Lunatic asylums Central Provinces reports 1895-1909 - 1895-1909
Year: 1895
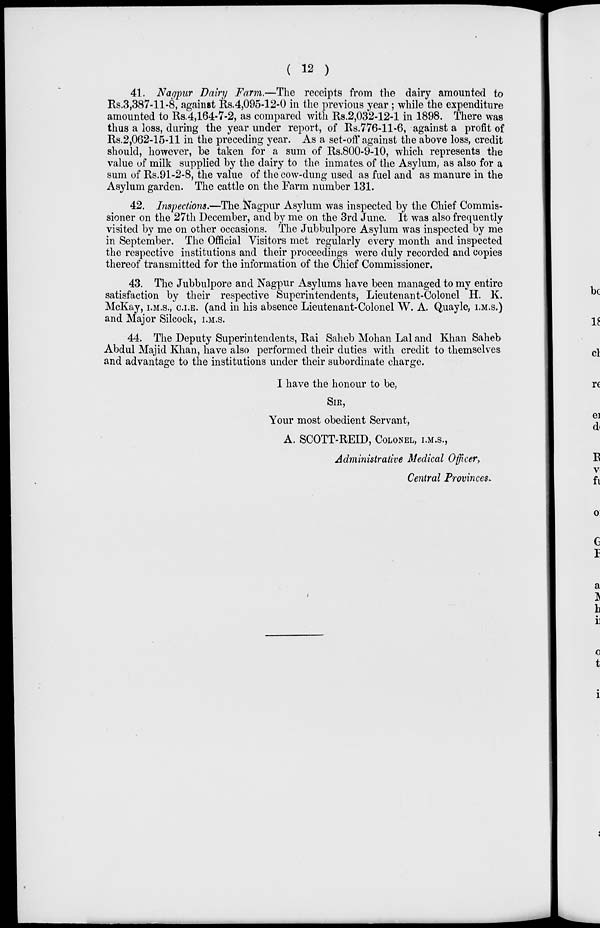
( 12 )
41. Nagpur Dairy Farm.—The receipts from the dairy amounted to
Rs.3,387-11-8, against Rs.4,095-12-0 in the previous year ; while the expenditure
amounted to Rs.4,164-7-2, as compared with Rs.2,032-12-1 in 1898. There was
thus a loss, during the year under report, of Rs.776-11-6, against a profit of
Rs.2,062-15-11 in the preceding year. As a set-off against the above loss, credit
should, however, be taken for a sum of Rs.800-9-10, which represents the
value of milk supplied by the dairy to the inmates of the Asylum, as also for a
sum of Rs.91-2-8, the value of the cow-dung used as fuel and as manure in the
Asylum garden. The cattle on the Farm number 131.
42. Inspections.—The Nagpur Asylum was inspected by the Chief Commis-
sioner on the 27th December, and by me on the 3rd June. It was also frequently
visited by me on other occasions. The Jubbulpore Asylum was inspected by me
in September. The Official Visitors met regularly every month and inspected
the respective institutions and their proceedings were duly recorded and copies
thereof transmitted for the information of the Chief Commissioner.
43. The Jubbulpore and Nagpur Asylums have been managed to my entire
satisfaction by their respective Superintendents, Lieutenant-Colonel H. K.
McKay, I.M.S., C.I.E. (and in his absence Lieutenant-Colonel W. A. Quayle, I.M.S.)
and Major Silcock, I.M.S.
44. The Deputy Superintendents, Rai Saheb Mohan Lal and Khan Saheb
Abdul Majid Khan, have also performed their duties with credit to themselves
and advantage to the institutions under their subordinate charge.
I have the honour to be,
SIR,
Your most obedient Servant,
A. SCOTT-REID, COLONEL, I.M.S.,
Administrative Medical Officer,
Central Provinces.